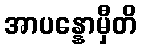
အာပန္နောမှီတိ